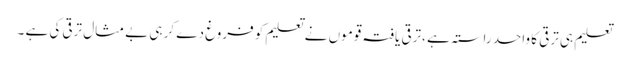
تعلیم ہی ترقی کا واحد راستہ ہے ،ترقی یافتہ قوموں نے تعلیم کو فروغ دے کر ہی بے مثال ترقی کی ہے ۔